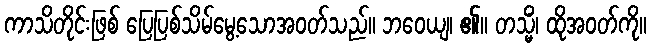
ကာသိတိုင်းဖြစ် ပြေပြစ်သိမ်မွေ့သောအဝတ်သည်။ ဘဝေယျ၊ ၏။ တသ္မိံ၊ ထိုအဝတ်ကို။